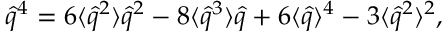
\hat { q } ^ { 4 } = 6 \langle \hat { q } ^ { 2 } \rangle \hat { q } ^ { 2 } - 8 \langle \hat { q } ^ { 3 } \rangle \hat { q } + 6 \langle \hat { q } \rangle ^ { 4 } - 3 \langle \hat { q } ^ { 2 } \rangle ^ { 2 } ,